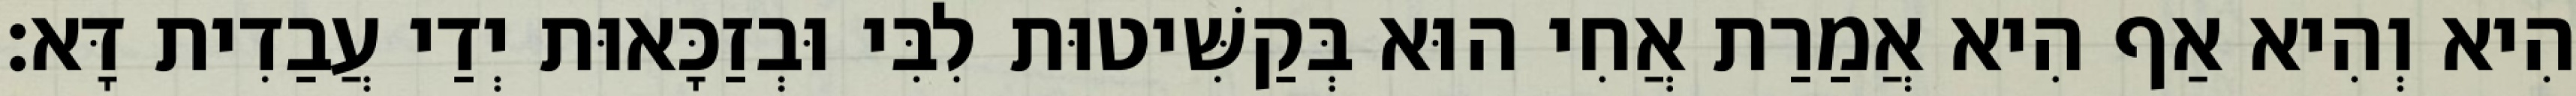
הִיא וְהִיא אַף הִיא אֲמַרַת אֲחִי הוּא בְּקַשִּׁיטוּת לִבִּי וּבְזַכָּאוּת יְדַי עֲבַדִית דָּא׃